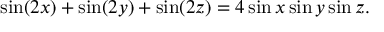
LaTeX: \sin ( 2 x ) + \sin ( 2 y ) + \sin ( 2 z ) = 4 \sin x \sin y \sin z .